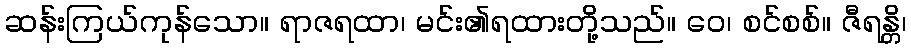
ဆန်းကြယ်ကုန်သော။ ရာဇရထာ၊ မင်း၏ရထားတို့သည်။ ဝေ၊ စင်စစ်။ ဇီရန္တိ၊